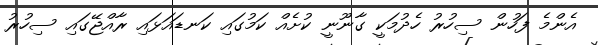
އެންމެ ފަހުން ސިހުރު ހެދުމަކީ ގާނޫނީ ކުށެއް ކަމުގައި ކަނޑައަޅައި ރާއްޖޭގައި ސިހުރު